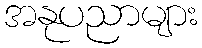
အနုပညာများ